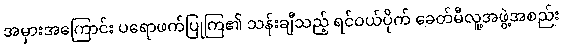
အမှားအကြောင်း ပရောဖက်ပြုကြ၏ သန်းချီသည့် ရင်ဝယ်ပိုက် ခေတ်မီလူ့အဖွဲ့အစည်း